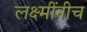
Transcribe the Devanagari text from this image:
लक्ष्मींनीच